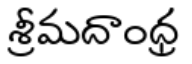
శ్రీమదాంధ్ర